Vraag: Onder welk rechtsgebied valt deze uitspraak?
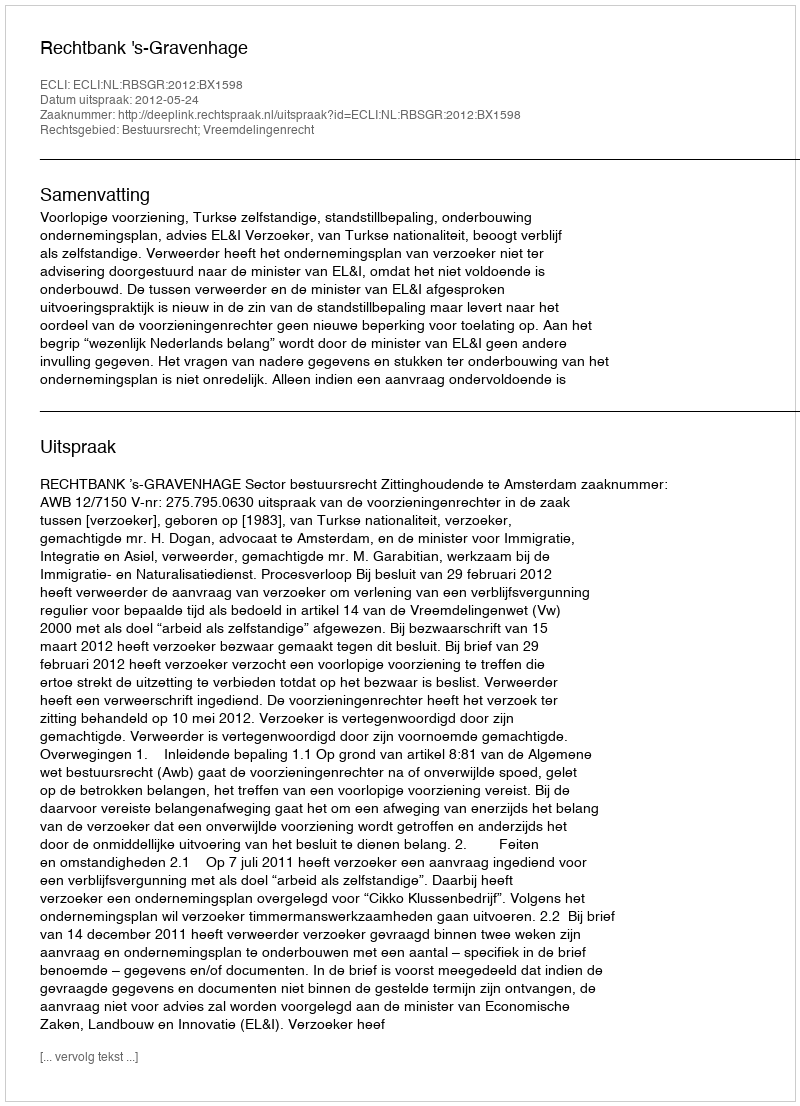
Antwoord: Bestuursrecht; Vreemdelingenrecht